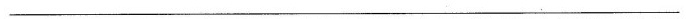
____________